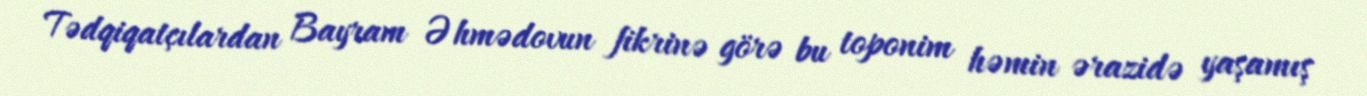
Tədqiqatçılardan Bayram Əhmədovun fikrinə görə bu toponim həmin ərazidə yaşamış